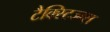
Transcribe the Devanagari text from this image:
टैक्स्टिज्म्स